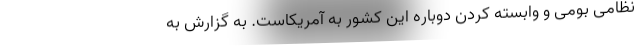
نظامی بومی و وابسته کردن دوباره این کشور به آمریکاست. به گزارش به